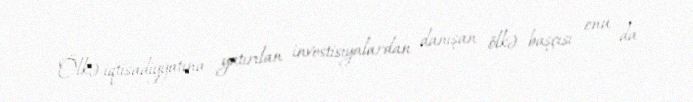
Ölkə iqtisadiyyatına yatırılan investisiyalardan danışan ölkə başçısı onu da